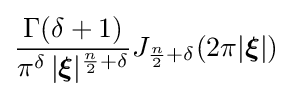
{\frac {\Gamma (\delta +1)}{\pi ^{\delta }\,|{\boldsymbol {\xi }}|^{{\frac {n}{2}}+\delta }}}J_{{\frac {n}{2}}+\delta }(2\pi |{\boldsymbol {\xi }}|)